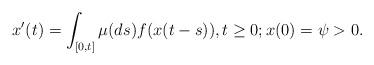
LaTeX: \begin{align*} x'(t)=\int_{[0,t]} \mu(ds)f(x(t-s)), t\geq 0;x(0)=\psi>0.\end{align*}